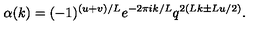
\alpha ( k ) = ( - 1 ) ^ { ( u + v ) / L } e ^ { - 2 \pi i k / L } q ^ { 2 ( L k \pm L u / 2 ) } .